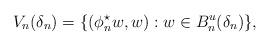
LaTeX: \begin{align*}V_{n}(\delta_{n})=\{(\phi_{n}^{\star} w,w):w\in B_{n}^{u}(\delta_{n})\},\end{align*}